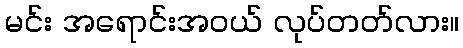
မင်း အရောင်းအဝယ် လုပ်တတ်လား။